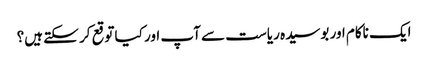
ایک ناکام اور بوسیدہ ریاست سے آپ اور کیا توقع کر سکتے ہیں؟